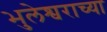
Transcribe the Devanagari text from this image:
भुलेश्वराच्या